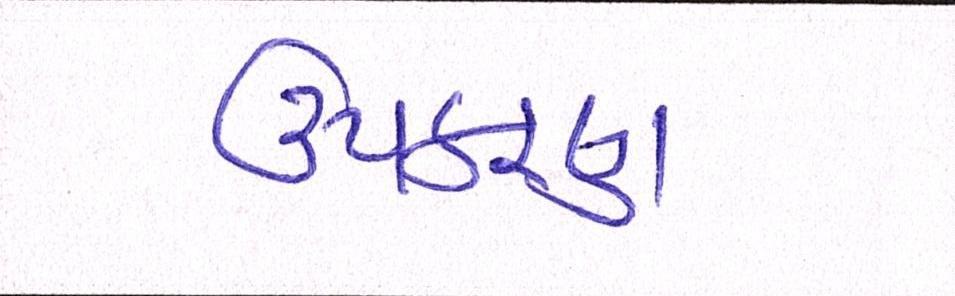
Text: ઉપકરણ